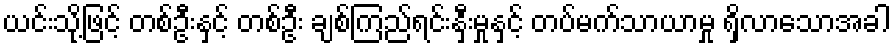
ယင်းသို့ဖြင့် တစ်ဦးနှင့် တစ်ဦး ချစ်ကြည်ရင်းနှီးမှုနှင့် တပ်မက်သာယာမှု ရှိလာသောအခါ